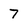
Character: 7